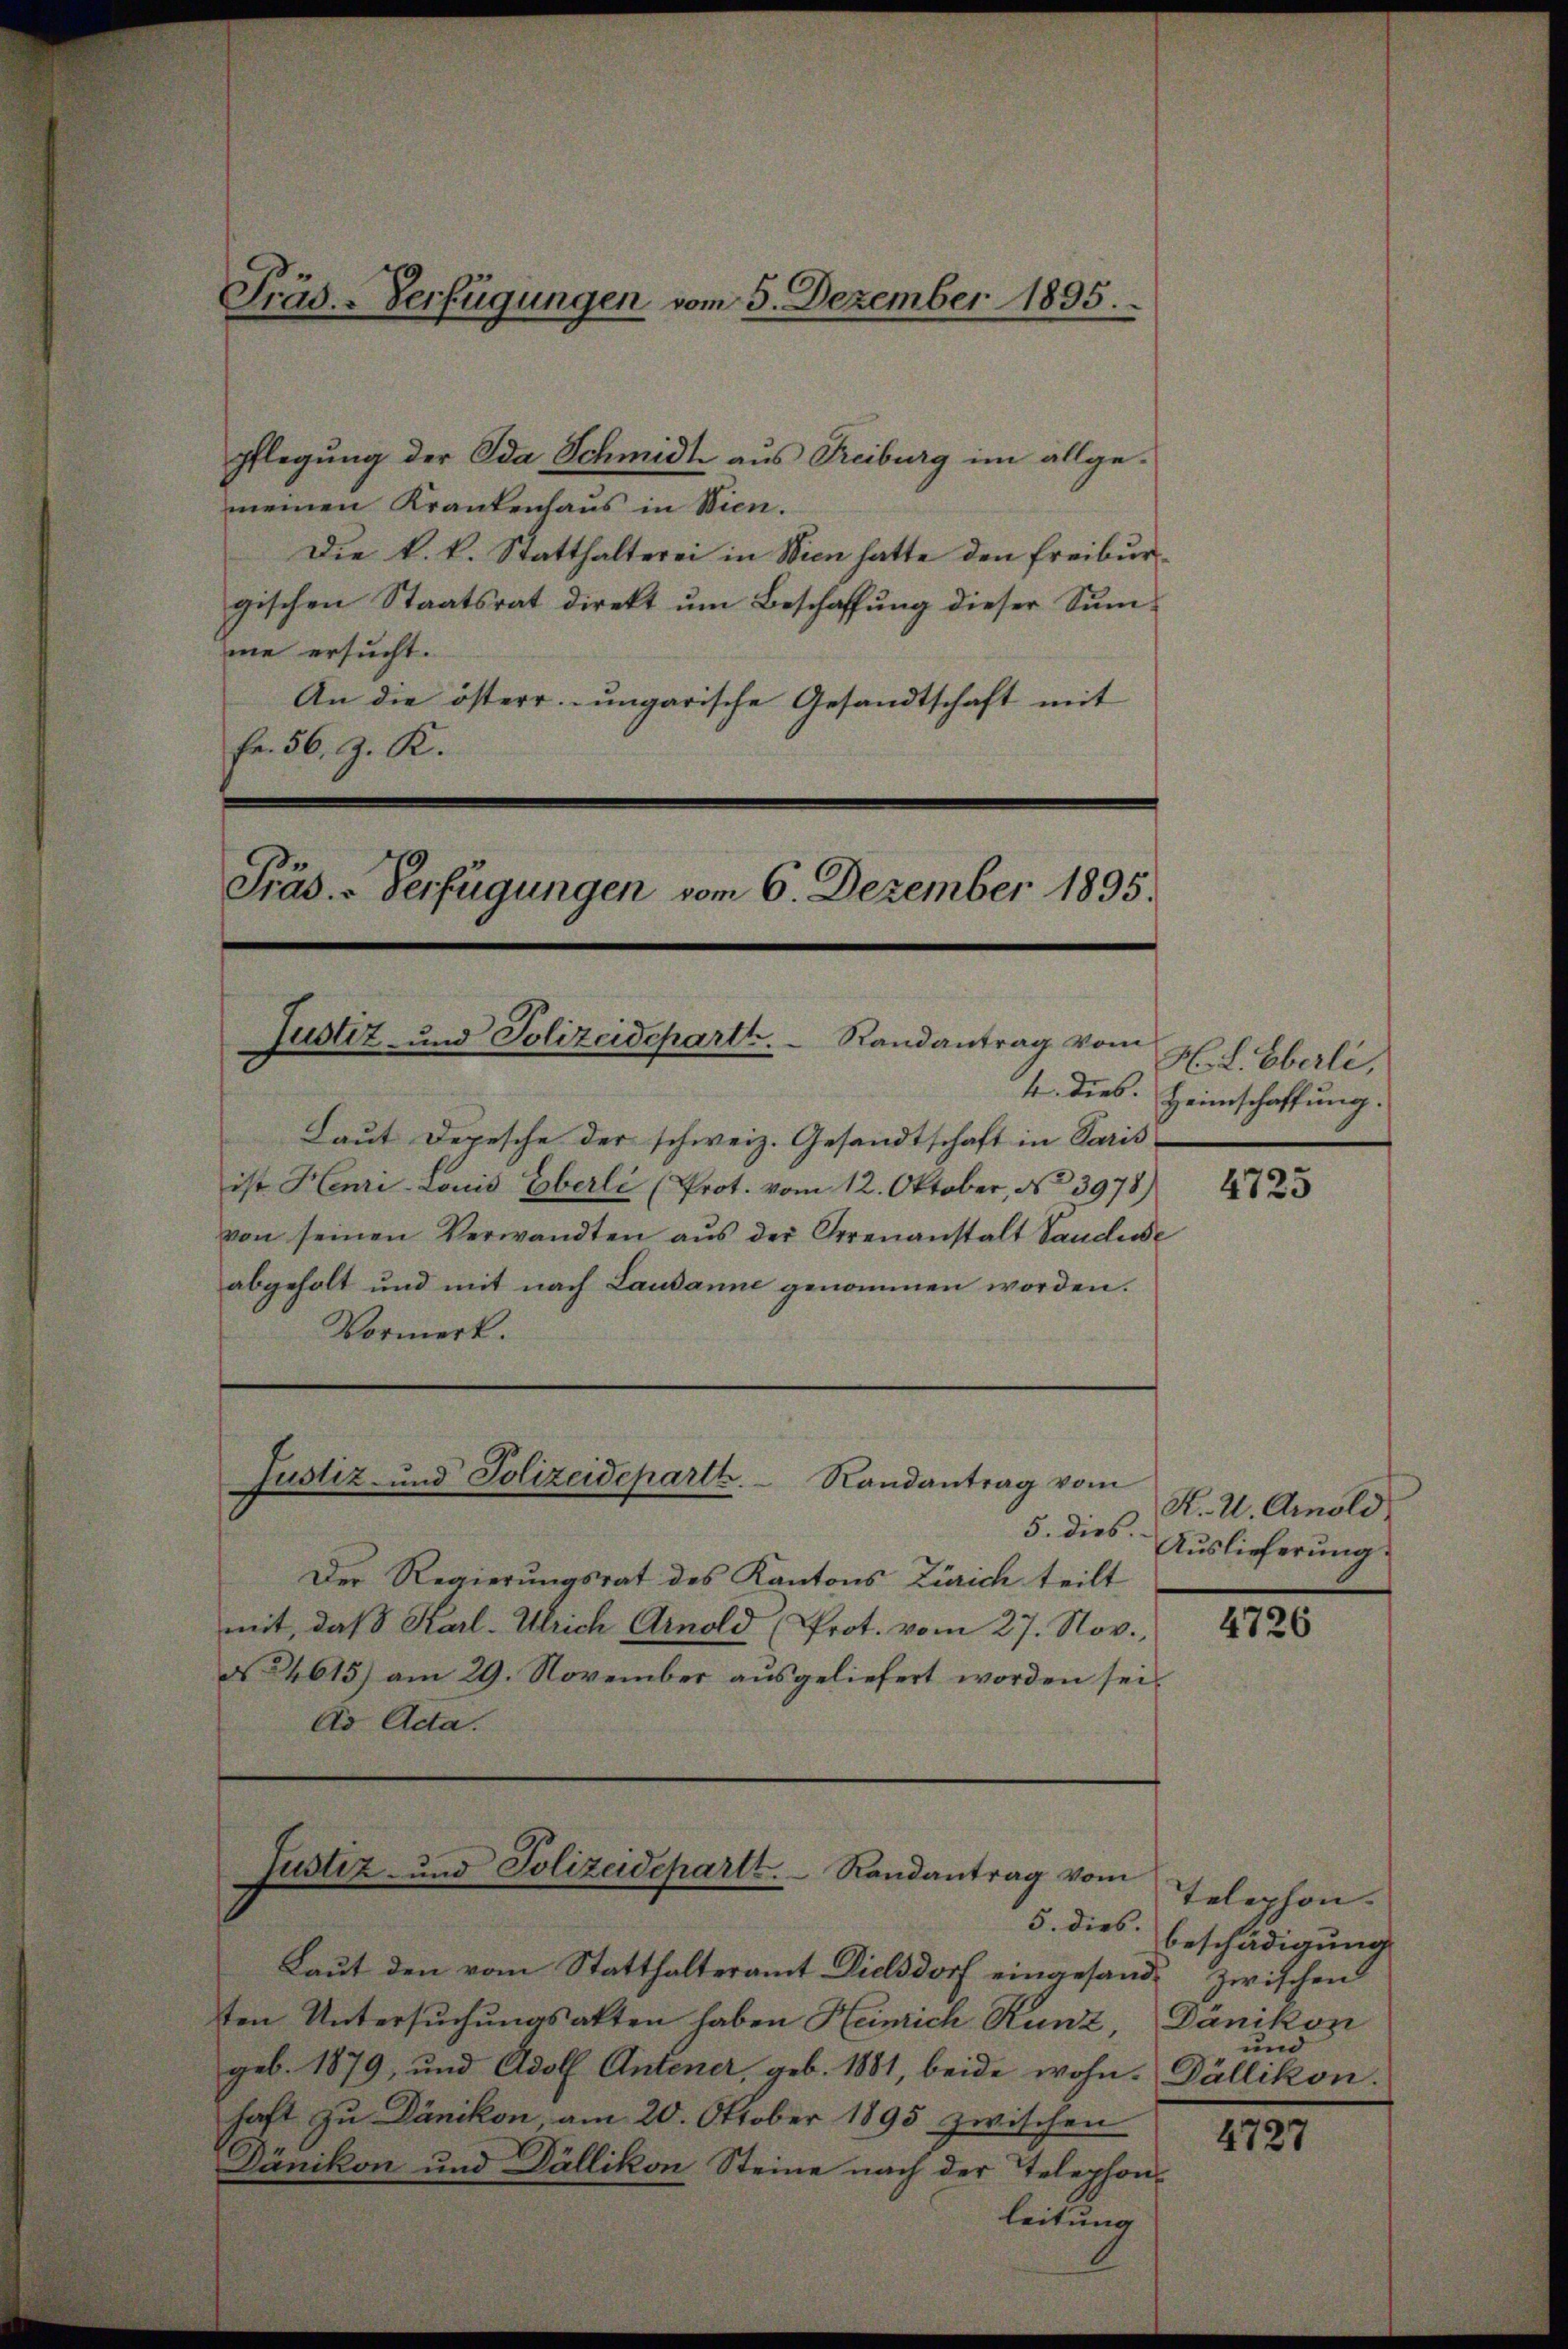
Präs.-Verfügungen vom 5. Dezember 1895.

pflegung der Ida Schmidt aus Freiburg im allge-
meinen Krankenhaus in Wien.
Die k. k. Statthalterei in Wien hatte den Freiburgischen Staatsrat direkt um Beschaffung dieser Summe ersucht.
An die österr.-ungarische Gesandtschaft mit
Fr. 56 J. K.
Präs. - Verfügungen vom 6. Dezember 1895.

Justiz- und Polizeideparth.     Randantrag vom

Laut Depesche der schweiz. Gesandtschaft in Paris
ist Henri-Louis Eberli (Prot. vom 12. Oktober, No 3978)
von seinen Verwandten aŭs der Irrenanstalt Vaudude
abgeholt und mit nach Lausanne genommen worden.
Vormerk.

Justiz- und Polizeideparth
Randantrag vom

5. dies
Der Regierungsrat des Kantons Zürich teilt
mit, daß Karl-Ulrich Arnold (Prot. vom 27. Nov.
N 24615) am 29. November ausgeliefert worden sei.
Ad Acta.

Justiz- und Polizeidepartt.  Randantrag vom

5. Dies.
Laut den vom Statthalteramt Dielsdorf eingesandt zwischen
ten Untersuchungsakten haben Heinrich Runz, Dänikon
geb. 1879, und Adolf Antoner, geb. 1881, beide wohn- Dällikon.
haft zu Dänikon, am 20. Oktober 1895 zwischen
Dänikon und Dällikon Steine nach der Telephonleitung

H. L. Oberli,
4. dies. Heimschaffung.

4725

K. A. Amoli
Auslieferung.

4726

Telephon.
beschädigung
und

4727